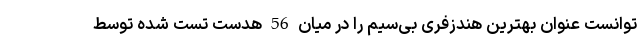
توانست عنوان بهترین هندزفری بی‌سیم را در میان 56 هدست تست شده توسط